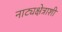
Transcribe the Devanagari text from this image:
नाट्यक्षेत्राशी